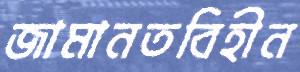
জামানতবিহীন